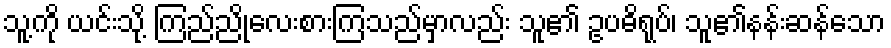
သူ့ကို ယင်းသို့ ကြည်ညိုလေးစားကြသည်မှာလည်း သူ၏ ဥပဓိရုပ်၊ သူ၏နန်းဆန်သော